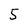
Character: 5